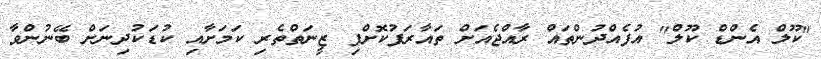
"ކޫލް އެންޑް ކޫލް" އުފެއްދުންތައް ރާއްޖެއަށް ތައާރަފުކޮށްފި ޒީނަތްތެރި ކަމަށާއި ކުޑަކުދިނަށް ބޭނުންވާ